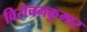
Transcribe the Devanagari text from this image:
विरोचनकुमार